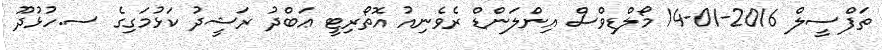
ތަފްސީލް 2016-01-14 މޯލްޑިވްސް އިންލަންޑް ރެވެނިއު އޮތޯރިޓީ ޢަބްދު ރަޝީދު ކަޅުމަގިގެ ސ.ހުޅުދޫ